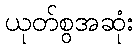
ယုတ်စွအဆုံး